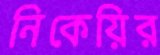
নিকেয়ির